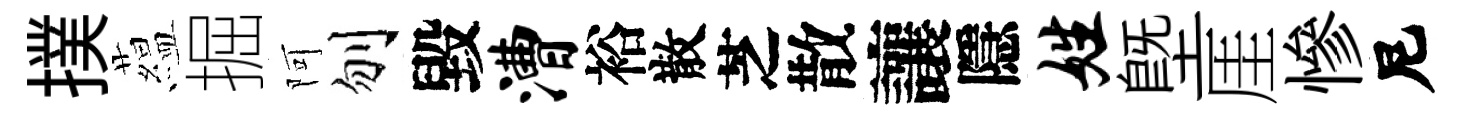
撲藴掘阿刎毀漕裕散芝散讓隱姓塈厓慘尼